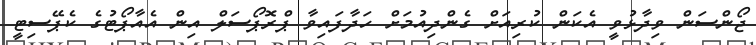
ޖޯންސަން ވިދާޅުވީ އެކަން ކުރިއަށް ގެންދިއުމަށް ހަދާފައިވާ ޕްރޮޕޯސަލް އިން އެއާޕޯޓުގެ ކެޕޭސިޓީ